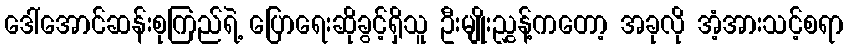
ဒေါ်အောင်ဆန်းစုကြည်ရဲ့ ပြောရေးဆိုခွင့်ရှိသူ ဦးမျိုးညွှန့်ကတော့ အခုလို အံ့အားသင့်စရာ